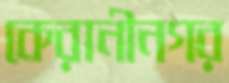
কেরানীনগর